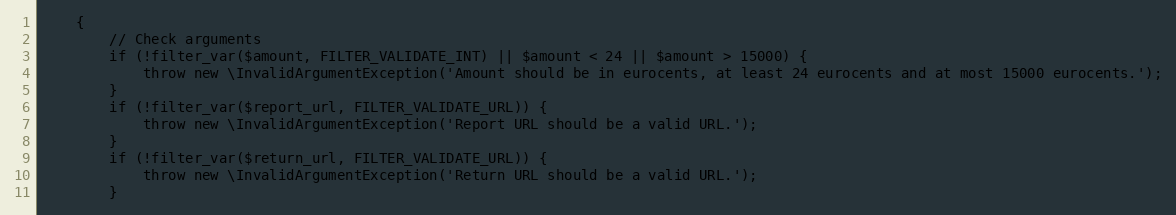
Language: PHP
    {
        // Check arguments
        if (!filter_var($amount, FILTER_VALIDATE_INT) || $amount < 24 || $amount > 15000) {
            throw new \InvalidArgumentException('Amount should be in eurocents, at least 24 eurocents and at most 15000 eurocents.');
        }
        if (!filter_var($report_url, FILTER_VALIDATE_URL)) {
            throw new \InvalidArgumentException('Report URL should be a valid URL.');
        }
        if (!filter_var($return_url, FILTER_VALIDATE_URL)) {
            throw new \InvalidArgumentException('Return URL should be a valid URL.');
        }